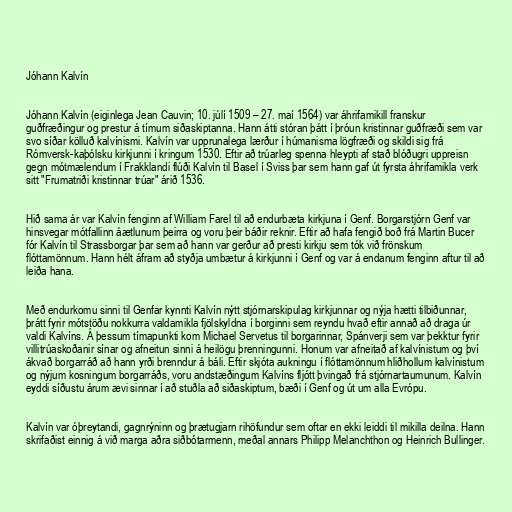
Jóhann Kalvín

Jóhann Kalvín (eiginlega Jean Cauvin; 10. júlí 1509 – 27. maí 1564) var áhrifamikill franskur
guðfræðingur og prestur á tímum siðaskiptanna. Hann átti stóran þátt í þróun kristinnar guðfræði sem var
svo síðar kölluð kalvínismi. Kalvín var upprunalega lærður í húmanisma lögfræði og skildi sig frá
Rómversk-kaþólsku kirkjunni í kringum 1530. Eftir að trúarleg spenna hleypti af stað blóðugri uppreisn
gegn mótmælendum í Frakklandi flúði Kalvín til Basel í Sviss þar sem hann gaf út fyrsta áhrifamikla verk
sitt "Frumatriði kristinnar trúar" árið 1536.

Hið sama ár var Kalvín fenginn af William Farel til að endurbæta kirkjuna í Genf. Borgarstjórn Genf var
hinsvegar mótfallinn áætlunum þeirra og voru þeir báðir reknir. Eftir að hafa fengið boð frá Martin Bucer
fór Kalvín til Strassborgar þar sem að hann var gerður að presti kirkju sem tók við frönskum
flóttamönnum. Hann hélt áfram að styðja umbætur á kirkjunni í Genf og var á endanum fenginn aftur til að
leiða hana.

Með endurkomu sinni til Genfar kynnti Kalvín nýtt stjórnarskipulag kirkjunnar og nýja hætti tilbiðunnar,
þrátt fyrir mótstöðu nokkurra valdamikla fjölskyldna í borginni sem reyndu hvað eftir annað að draga úr
valdi Kalvíns. Á þessum tímapunkti kom Michael Servetus til borgarinnar, Spánverji sem var þekktur fyrir
villitrúaskoðanir sínar og afneitun sinni á heilögu þrenningunni. Honum var afneitað af kalvínistum og því
ákvað borgarráð að hann yrði brenndur á báli. Eftir skjóta aukningu í flóttamönnum hliðhollum kalvínistum
og nýjum kosningum borgarráðs, voru andstæðingum Kalvíns fljótt þvingað frá stjórnartaumunum. Kalvín
eyddi síðustu árum ævi sinnar í að stuðla að siðaskiptum, bæði í Genf og út um alla Evrópu.

Kalvín var óþreytandi, gagnrýninn og þrætugjarn rihöfundur sem oftar en ekki leiddi til mikilla deilna. Hann
skrifaðist einnig á við marga aðra siðbótarmenn, meðal annars Philipp Melanchthon og Heinrich Bullinger.